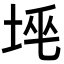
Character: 𡋸